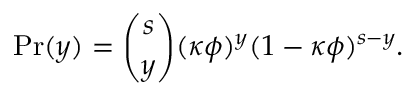
\mathrm { P r } ( y ) = \binom { s } { y } ( \kappa \phi ) ^ { y } ( 1 - \kappa \phi ) ^ { s - y } .